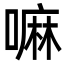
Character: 嘛